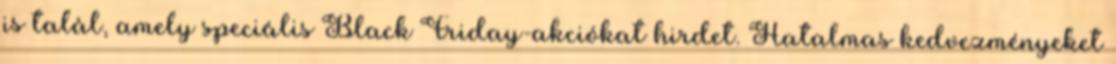
is talál, amely speciális Black Friday-akciókat hirdet. Hatalmas kedvezményeket